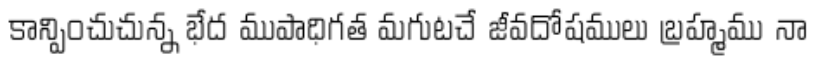
కాన్పించుచున్న భేద ముపాధిగత మగుటచే జీవదోషములు బ్రహ్మము నా